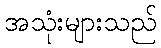
အသုံးများသည်